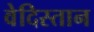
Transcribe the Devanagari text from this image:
वेदिस्तान